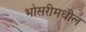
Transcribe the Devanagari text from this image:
भोसरीमधील